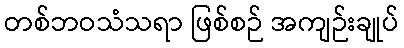
တစ်ဘဝသံသရာ ဖြစ်စဉ် အကျဉ်းချုပ်